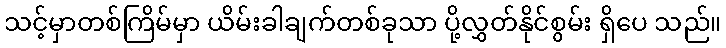
သင့်မှာတစ်ကြိမ်မှာ ယိမ်းခါချက်တစ်ခုသာ ပို့လွှတ်နိုင်စွမ်း ရှိပေ သည်။